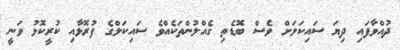
ދުއްވާފައި ދިޔަ ސައިކަލަށް ވެސް ބޮޑެތި ގެއްލުންތަކެއްވެ ސައިކަލްގެ ފުރޮޅާއި ކުރީކޮޅު ވަނީ